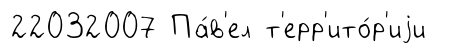
22032007 Па́в'ел т'ерр'ито́р'иjи